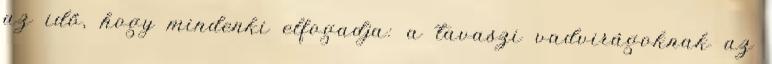
az idő, hogy mindenki elfogadja: a tavaszi vadvirágoknak az